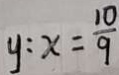
y : x = \frac { 1 0 } { 9 }